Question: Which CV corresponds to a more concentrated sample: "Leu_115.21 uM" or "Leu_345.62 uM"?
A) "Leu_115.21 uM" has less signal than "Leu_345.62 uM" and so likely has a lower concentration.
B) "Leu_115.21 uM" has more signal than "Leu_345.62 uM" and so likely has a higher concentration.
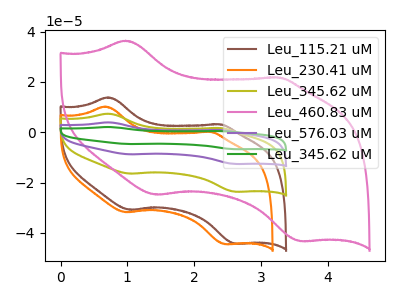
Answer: <think>The brown curve "Leu_115.21 uM" has anodic peaks at (0.70V, 13.85uA) (2.35V, 3.15uA) and cathodic peaks at (1.05V, -30.80uA) (2.60V, -44.30uA). The orange curve "Leu_230.41 uM" has anodic peaks at (0.65V, 10.20uA) (2.25V, 0.15uA) and cathodic peaks at (1.00V, -31.75uA) (2.45V, -44.45uA). The olive curve "Leu_345.62 uM" has anodic peaks at (0.70V, 7.40uA) (2.35V, 1.70uA) and cathodic peaks at (1.05V, -16.45uA) (2.60V, -23.65uA). The pink curve "Leu_460.83 uM" has anodic peaks at (1.00V, 36.40uA) (3.25V, 21.75uA) and cathodic peaks at (1.45V, -24.80uA) (3.60V, -43.25uA). The purple curve "Leu_576.03 uM" has anodic peaks at (0.70V, 14.80uA) (2.35V, 3.40uA) and cathodic peaks at (1.05V, -32.85uA) (2.60V, -47.25uA). The green curve "Leu_345.62 uM" has anodic peaks at (0.70V, 22.15uA) (2.35V, 5.05uA) and cathodic peaks at (1.05V, -49.30uA) (2.60V, -70.90uA).
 All the peaks in "Leu_115.21 uM" have a peak in "Leu_345.62 uM" at the same potential. Every peak in "Leu_115.21 uM" is higher than every peak in "Leu_345.62 uM".</think>
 <answer>B) "Leu_115.21 uM" has more signal than "Leu_345.62 uM" and so likely has a higher concentration.</answer>
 <eval>B</eval>